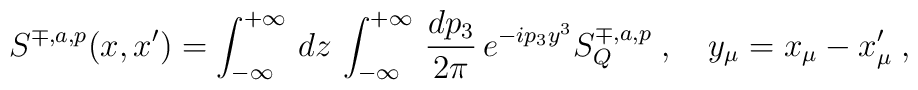
S^{\mp ,a,p}(x,x^{\prime }) =\int_{-\infty }^{+\infty }\,dz\,\int_{-\infty}^{+\infty }\,\frac{dp_3}{2\pi }\,e^{-ip_3y^3}S_Q^{\mp ,a,p}\;,\quad y_\mu=x_\mu -x_\mu ^{\prime }\;,